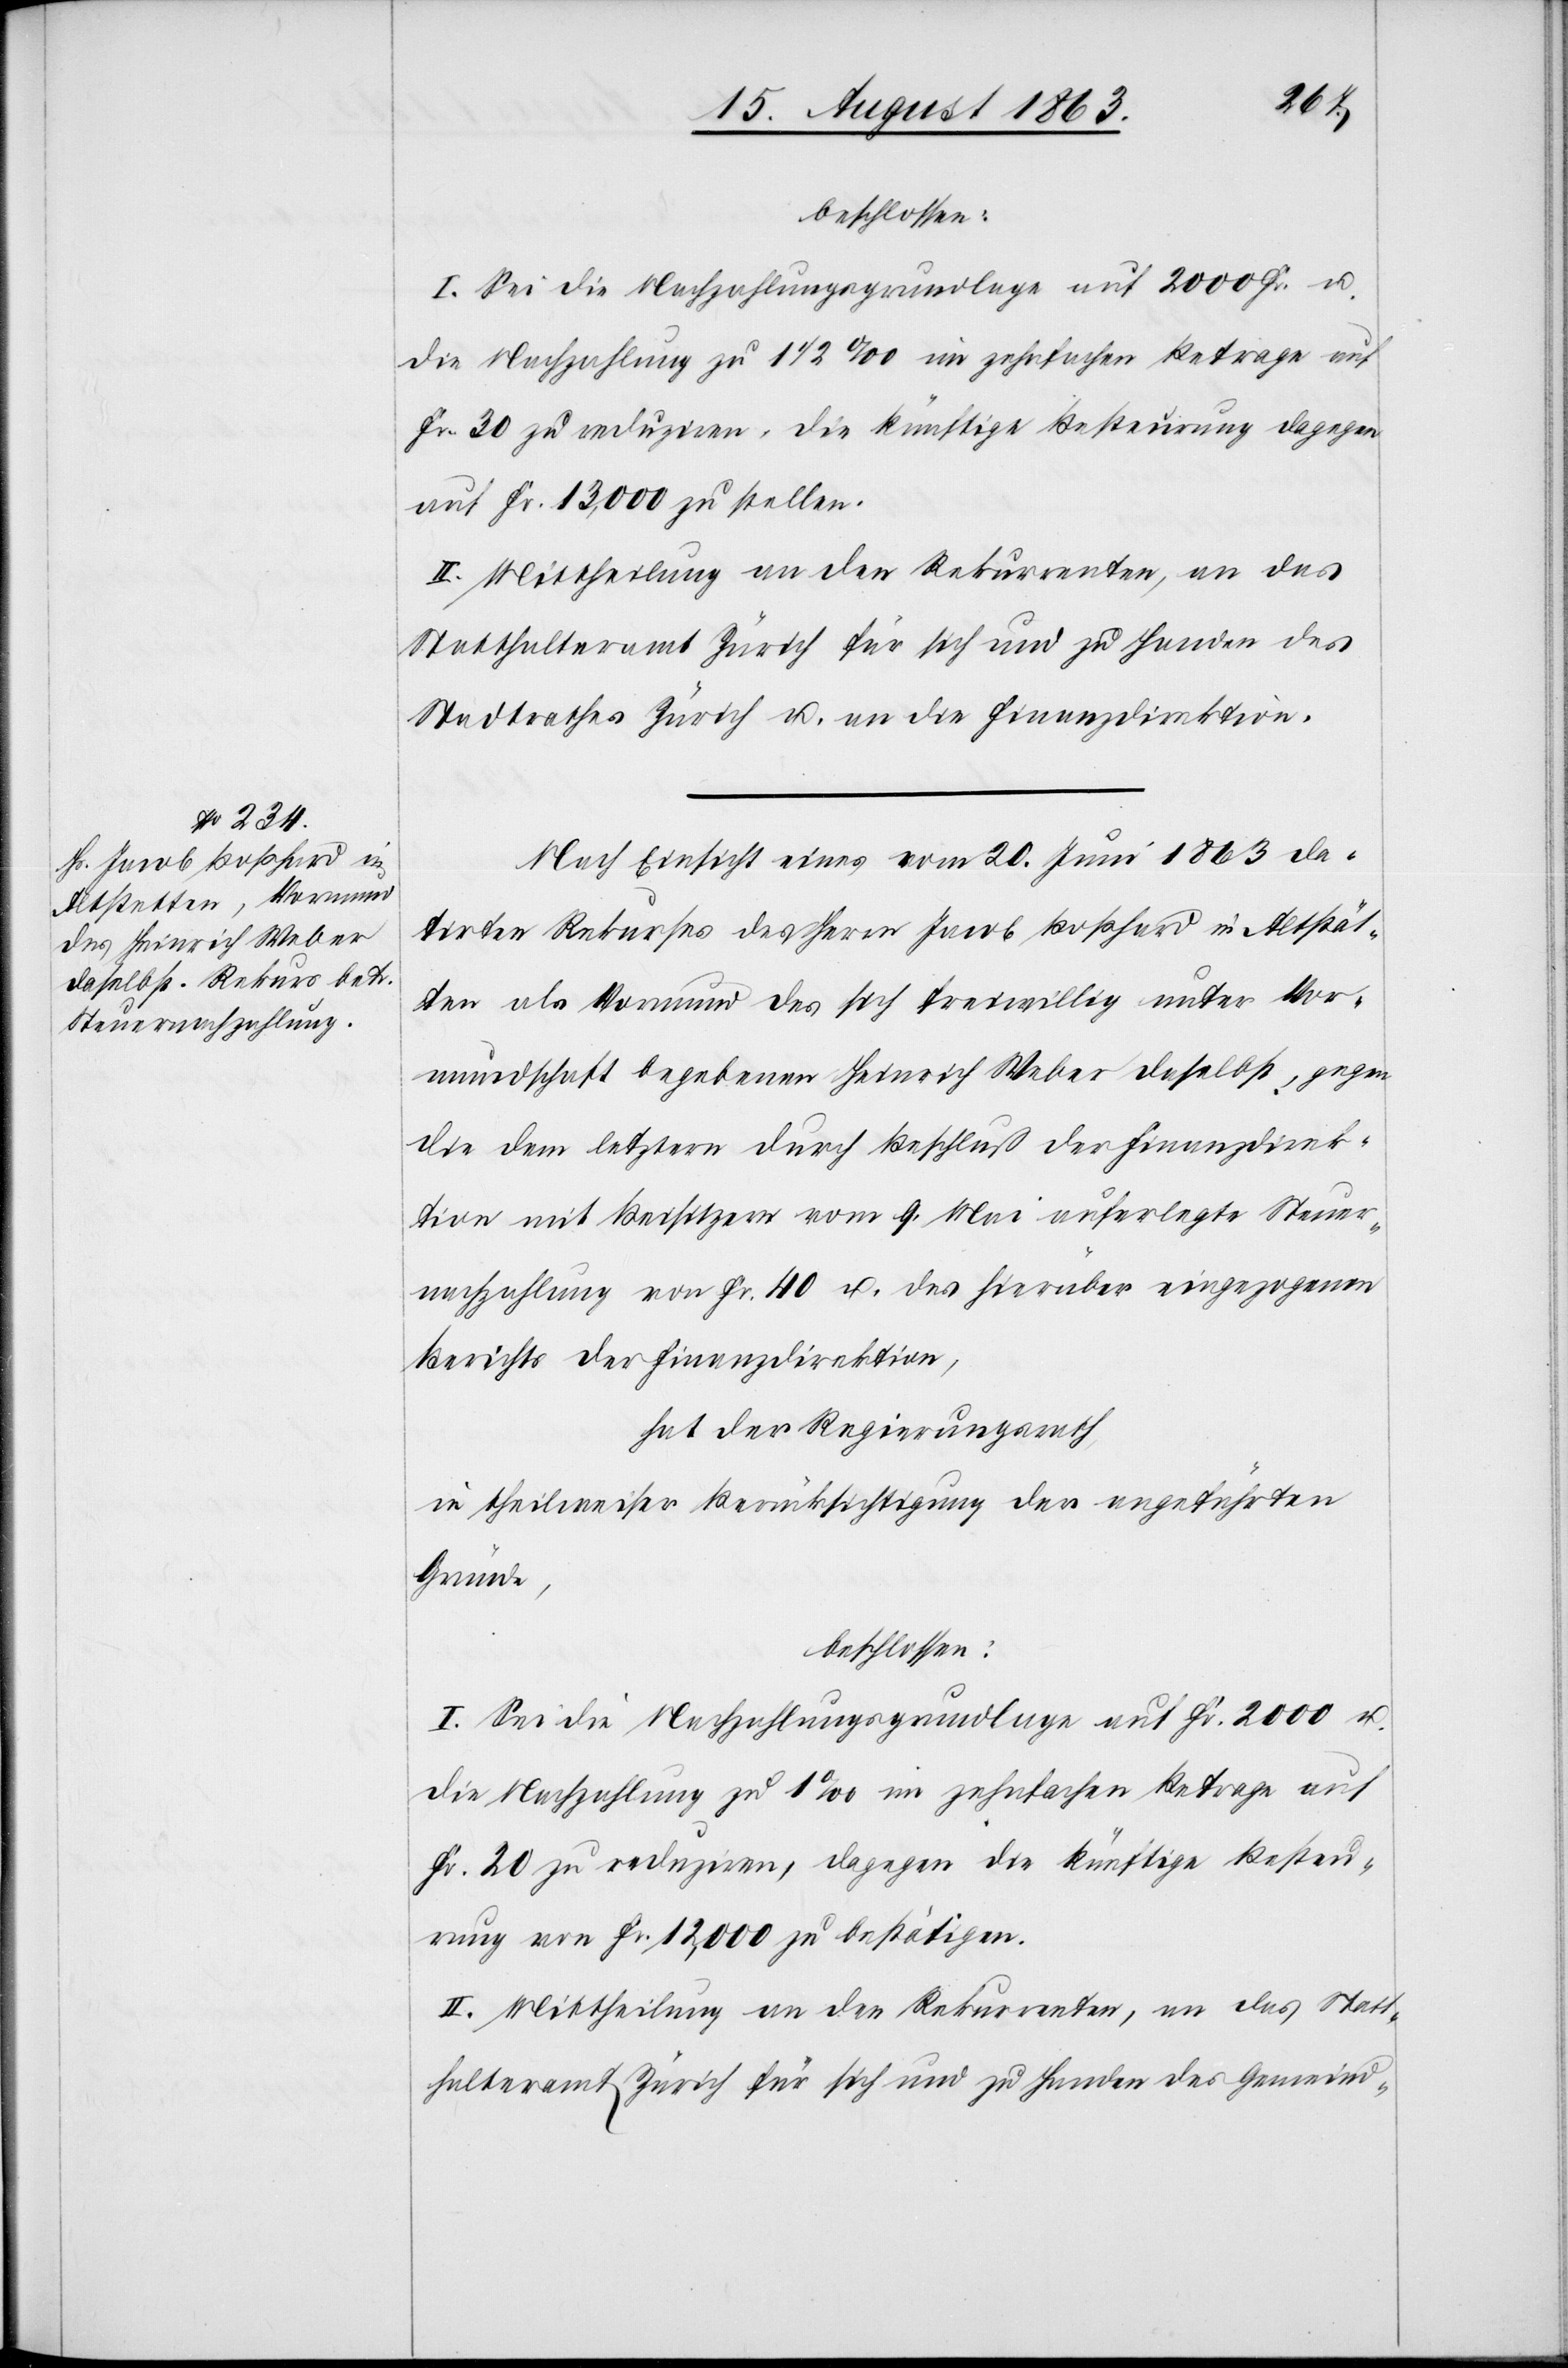
beschlossen:
I. Sei die Nachzahlungsgrundlage auf 2000 Fr. u.
die Nachzahlung zu 1 1/2 ‰ im zehnfachen Betrage auf
Fr. 30 zu reduziren, die künftige Besteurung dagegen
auf Fr. 13,000 zu stellen.
II. Mittheilung an den Rekurrenten, an das
Statthalteramt Zürich für sich und zu Handen des
Stadtrathes Zürich u. an die Finanzdirektion.
Nach Einsicht eines vom 20. Juni 1863 da¬
tirten Rekurses des Herrn Jacob Boßhard in Altstät¬
ten als Vormund des sich freiwillig unter Vor¬
mundschaft begebenen Heinrich Weber daselbst, gegen
die dem letztern durch Beschluß der Finanzdirek¬
tion mit Beisitzern vom 9. Mai auferlegte Steuer¬
nachzahlung von Fr. 40 u. des hierüber eingezogenen
Berichts der Finanzdirektion,
hat der Regierungsrath,
in theilweiser Berücksichtigung der angeführten
Gründe,
beschlossen:
I. Sei die Nachzahlungsgrundlage auf Fr. 2000 u.
die Nachzahlung zu 1‰ im zehnfachen Betrage auf
Fr. 20 zu reduziren, dagegen die künftige Besteu¬
rung von Fr. 12,000 zu bestätigen.
II. Mittheilung an den Rekurrenten, an das Statt¬
halteramt Zürich für sich und zu Handen des Gemeind-